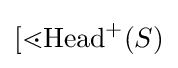
[\lessdot \mathrm {Head} ^{+}(S)